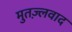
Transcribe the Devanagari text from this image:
मुतज़्लवाद